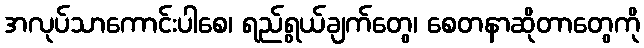
အလုပ်သာကောင်းပါစေ၊ ရည်ရွယ်ချက်တွေ၊ စေတနာဆိုတာတွေကို